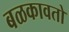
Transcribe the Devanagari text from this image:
बळकावतो